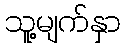
သူ့မျက်နှာ